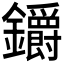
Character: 𨰜